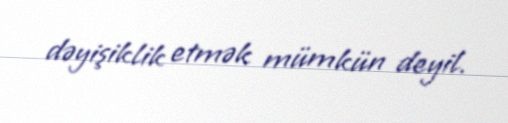
dəyişiklik etmək mümkün deyil.